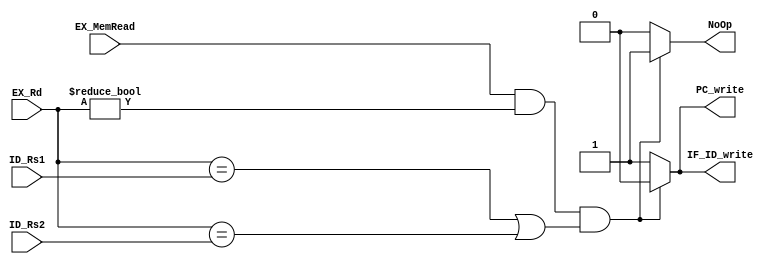
module Hazard_Detection_Unit
(
    input          EX_MemRead,
    input   [4:0]  EX_Rd,
    input   [4:0]  ID_Rs1,
    input   [4:0]  ID_Rs2,
    output  reg    PC_write,
    output  reg    IF_ID_write,
    output  reg    NoOp
);

always@(*) begin
    // hazard
    if (EX_MemRead && EX_Rd != 5'b0 && (EX_Rd == ID_Rs1 || EX_Rd == ID_Rs2)) begin
        PC_write = 1'b0;
        IF_ID_write = 1'b0;
        NoOp = 1'b1; 
    end
    // normal
    else begin
        PC_write = 1'b1;
        IF_ID_write = 1'b1;
        NoOp = 1'b0; 
    end
end

endmodule